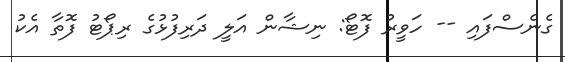
ގެނެސްފައި -- ހަވީރު ފޮޓޯ: ނިޝާން އަލީ ދަރިފުޅުގެ ރިޕޯޓު ފޮތާ އެކު